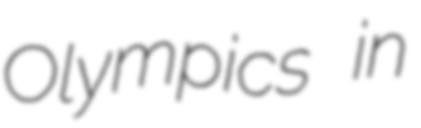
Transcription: Olympics in